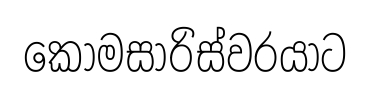
කොමසාරිස්වරයාට